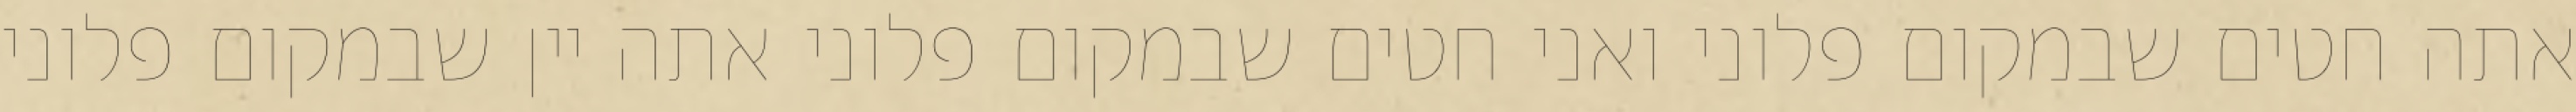
אתה חטים שבמקום פלוני ואני חטים שבמקום פלוני אתה יין שבמקום פלוני